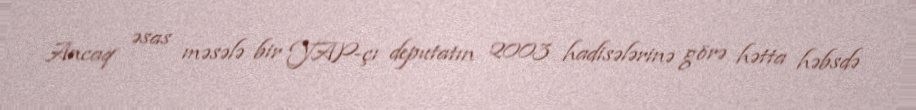
Ancaq əsas məsələ bir YAP-çı deputatın 2003 hadisələrinə görə hətta həbsdə